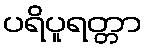
ပရိပူရတ္တာ